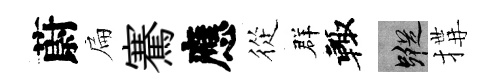
蔚扁騫應從群輙蹤搆